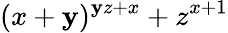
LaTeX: (x+\mathbf{y})^{\mathbf{y}z+x}+z^{x+1}